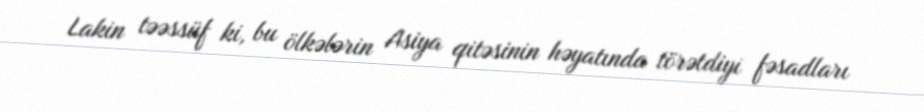
Lakin təəssüf ki, bu ölkələrin Asiya qitəsinin həyatında törətdiyi fəsadları